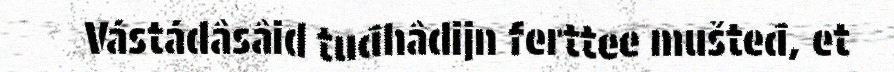
Vástádâsâid tuđhâdijn ferttee mušteđ, et